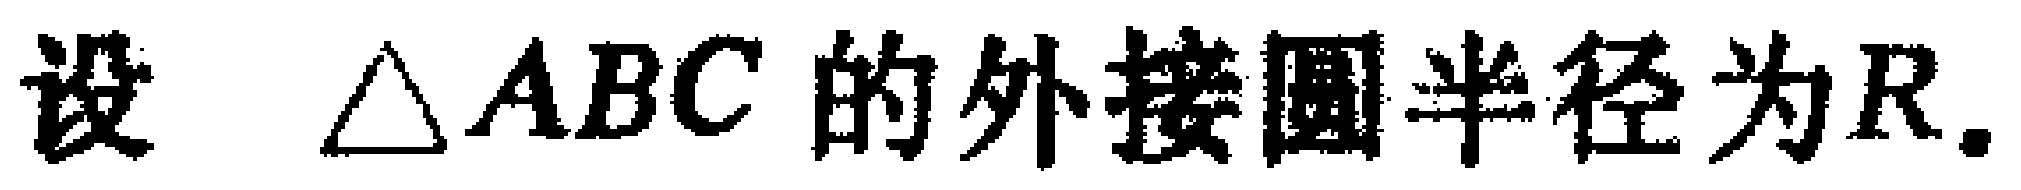
设 $\triangle ABC$ 的外接圆半径为$R$.